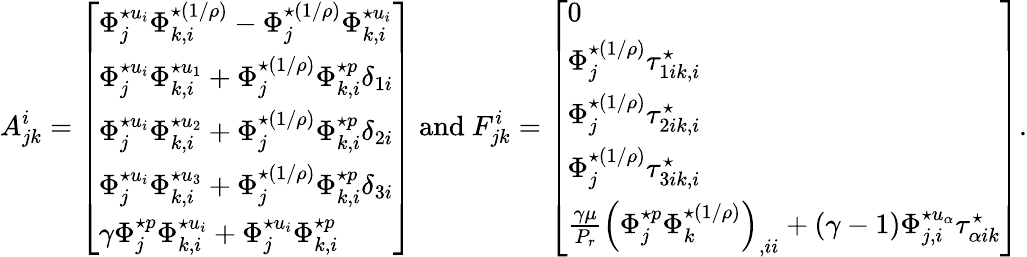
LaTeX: A_{jk}^{i}=\left[\begin{array}{l}{\Phi_{j}^{\star u_{i}}\Phi_{k,i}^{\star(1/\rho)}-\Phi_{j}^{\star(1/\rho)}\Phi_{k,i}^{\star u_{i}}}\\ {\Phi_{j}^{\star u_{i}}\Phi_{k,i}^{\star u_{1}}+\Phi_{j}^{\star(1/\rho)}\Phi_{k,i}^{\star p}\delta_{1i}}\\ {\Phi_{j}^{\star u_{i}}\Phi_{k,i}^{\star u_{2}}+\Phi_{j}^{\star(1/\rho)}\Phi_{k,i}^{\star p}\delta_{2i}}\\ {\Phi_{j}^{\star u_{i}}\Phi_{k,i}^{\star u_{3}}+\Phi_{j}^{\star(1/\rho)}\Phi_{k,i}^{\star p}\delta_{3i}}\\ {\gamma\Phi_{j}^{\star p}\Phi_{k,i}^{\star u_{i}}+\Phi_{j}^{\star u_{i}}\Phi_{k,i}^{\star p}}\end{array}\right]\mathrm{~and~}F_{jk}^{i}=\left[\begin{array}{l}{0}\\ {\Phi_{j}^{\star(1/\rho)}\tau_{1ik,i}^{\star}}\\ {\Phi_{j}^{\star(1/\rho)}\tau_{2ik,i}^{\star}}\\ {\Phi_{j}^{\star(1/\rho)}\tau_{3ik,i}^{\star}}\\ {\frac{\gamma\mu}{P_{r}}\left(\Phi_{j}^{\star p}\Phi_{k}^{\star(1/\rho)}\right)_{,ii}+(\gamma-1)\Phi_{j,i}^{\star u_{\alpha}}\tau_{\alpha ik}^{\star}}\end{array}\right].